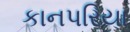
કાનપરિયા